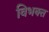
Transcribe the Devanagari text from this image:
विभक्त